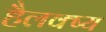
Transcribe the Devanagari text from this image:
हैलक्ष्य